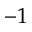
- 1